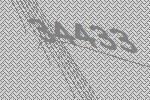
34433